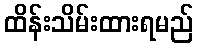
ထိန်းသိမ်းထားရမည်